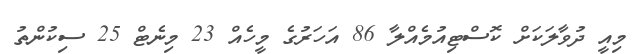
މިއީ ދުވާލަކަށް ކޮސްޓިއުމެއްލާ 86 އަހަރުގެ މީހެއް 23 މިނެޓް 25 ސިކުންތު